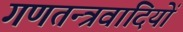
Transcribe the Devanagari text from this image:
गणतन्त्रवादियों